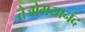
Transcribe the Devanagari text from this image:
तेजोमयानंद